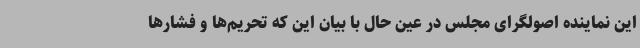
این نماینده اصولگرای مجلس در عین حال با بیان این که تحریم‌ها و فشارها